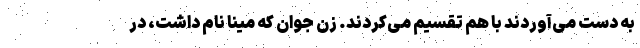
به دست می‌آوردند با هم تقسیم می‌کردند. زن جوان که مینا نام داشت، در